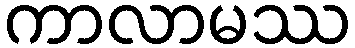
ကာလာမဿ